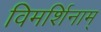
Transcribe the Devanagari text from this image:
विमर्शिनाम्